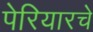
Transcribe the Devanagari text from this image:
पेरियारचे